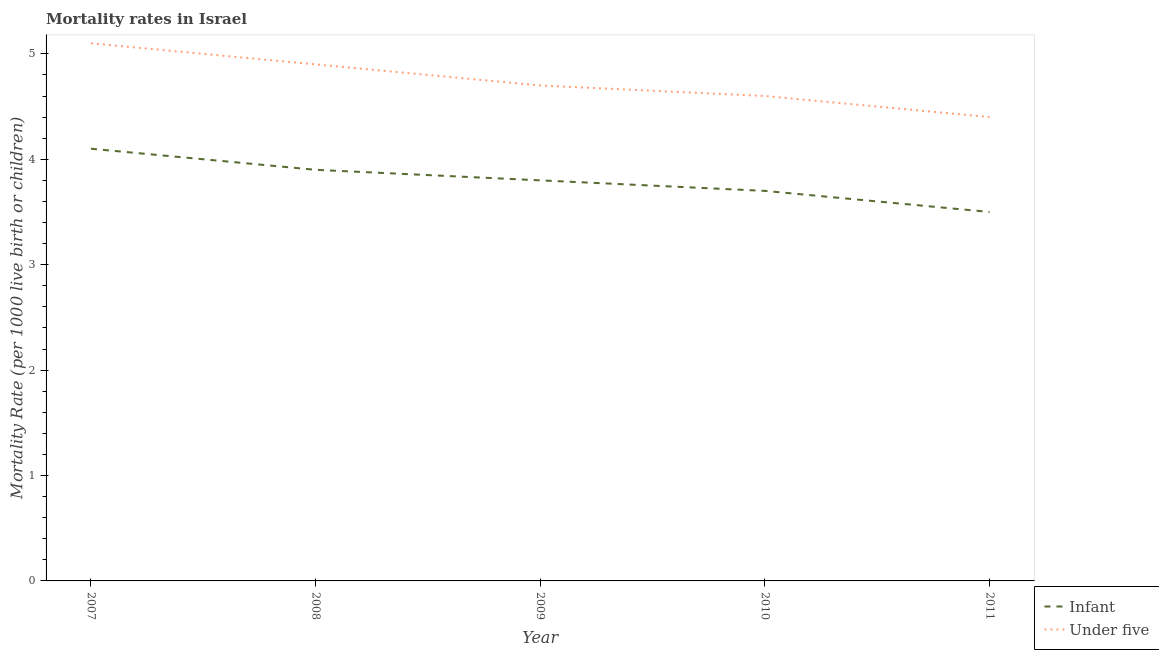
| Year | Infant | Under five |
 | --- | --- | --- |
 | 2007 | 4.1 | 5.1 |
 | 2008 | 3.9 | 4.9 |
 | 2009 | 3.8 | 4.7 |
 | 2010 | 3.7 | 4.6 |
 | 2011 | 3.5 | 4.4 |